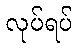
လုပ်ရပ်